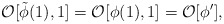
\begin{align*}{\cal O}[\tilde\phi(1),1]={\cal O}[\phi(1),1]={\cal O}[\phi^\prime],\end{align*}